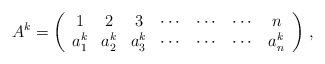
\begin{align*}A^k = \left( {\begin{array}{*{20}c} 1 & 2 & 3 & \cdots & \cdots & \cdots & n \\ {a_1^k } & {a_2^k } & {a_3^k } & \cdots & \cdots & \cdots & {a_n^k } \\\end{array}} \right)\,,\end{align*}